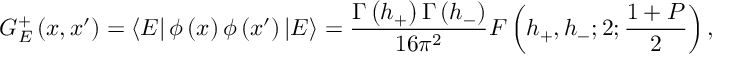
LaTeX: G _ { E } ^ { + } \left( x , x ^ { \prime } \right) = \left\langle E \right| \phi \left( x \right) \phi \left( x ^ { \prime } \right) \left| E \right\rangle = \frac { \Gamma \left( h _ { + } \right) \Gamma \left( h _ { - } \right) } { 1 6 \pi ^ { 2 } } F \left( h _ { + } , h _ { - } ; 2 ; \frac { 1 + P } { 2 } \right) ,